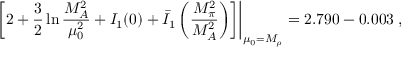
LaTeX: \left. \left[ 2 + \frac { 3 } { 2 } \ln \frac { M _ { A } ^ { 2 } } { \mu _ { 0 } ^ { 2 } } + I _ { 1 } ( 0 ) + \bar { I } _ { 1 } \left( \frac { M _ { \pi } ^ { 2 } } { M _ { A } ^ { 2 } } \right) \right] \right| _ { \mu _ { 0 } = M _ { \rho } } = 2 . 7 9 0 - 0 . 0 0 3 \; ,